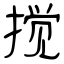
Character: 搅